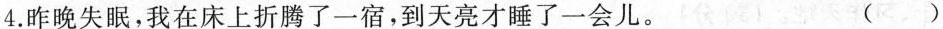
4.昨晚失眠，我在床上折腾了一宿，到天亮才睡了一会儿。 ()